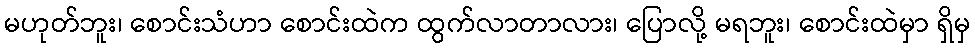
မဟုတ်ဘူး၊ စောင်းသံဟာ စောင်းထဲက ထွက်လာတာလား၊ ပြောလို့ မရဘူး၊ စောင်းထဲမှာ ရှိမှ